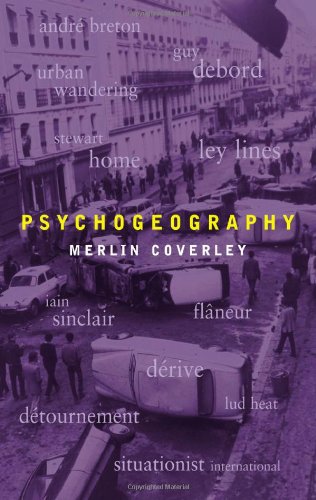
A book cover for Psychogeography (Pocket Essential series); Merlin Coverley; Arts & Photography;